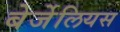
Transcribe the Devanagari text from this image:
बेर्जेलियस